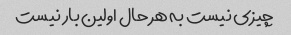
چیزی نیست به هر حال اولین بار نیست